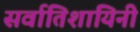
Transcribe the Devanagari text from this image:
सर्वातिशायिनी